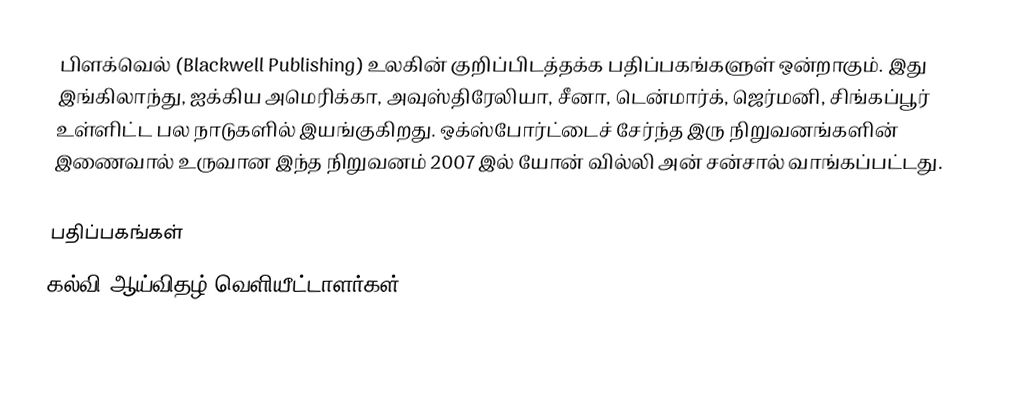
பிளக்வெல் (Blackwell Publishing) உலகின் குறிப்பிடத்தக்க பதிப்பகங்களுள் ஒன்றாகும். இது இங்கிலாந்து, ஐக்கிய அமெரிக்கா, அவுஸ்திரேலியா, சீனா, டென்மார்க், ஜெர்மனி, சிங்கப்பூர் உள்ளிட்ட பல நாடுகளில் இயங்குகிறது. ஒக்ஸ்போர்ட்டைச் சேர்ந்த இரு நிறுவனங்களின் இணைவால் உருவான இந்த நிறுவனம் 2007 இல் யோன் வில்லி அன் சன்சால் வாங்கப்பட்டது.

பதிப்பகங்கள்
கல்வி ஆய்விதழ் வெளியீட்டாளர்கள்